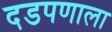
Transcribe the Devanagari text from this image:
दडपणाला